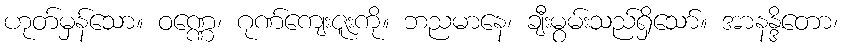
ဟုတ်မှန်သော။ ဝဏ္ဏေ၊ ဂုဏ်ကျေးဇူးကို။ ဘညမာနေ၊ ချီးမွမ်းသည်ရှိသော်။ အာနန္ဒိတော၊